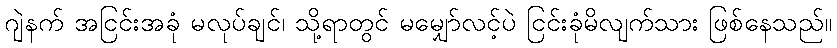
ဂျဲနက် အငြင်းအခုံ မလုပ်ချင်၊ သို့ရာတွင် မမျှော်လင့်ပဲ ငြင်းခုံမိလျက်သား ဖြစ်နေသည်။